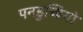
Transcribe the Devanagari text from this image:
पनडुब्बियो